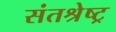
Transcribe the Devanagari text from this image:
संतश्रेष्ट्र